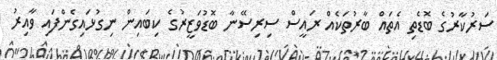
ސަރުކާރުގެ ބޮޑެތި އެތައް ބާރުތަކެއް ރައީސް ސިރިސޭނާ ބޮޑުވަޒީރުގެ ކިބައިން ނިގުޅައިގެންފައި ވާއިރު